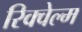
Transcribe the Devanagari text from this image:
रिक्वेल्म